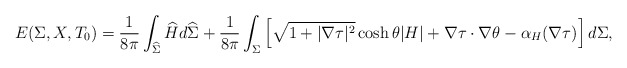
\begin{align*}E(\Sigma, X, T_0) = \frac{1}{8\pi}\int_{\widehat{\Sigma}} \widehat{H} d{\widehat{\Sigma}}+ \frac{1}{8\pi}\int_\Sigma \left[\sqrt{1+|\nabla\tau|^2}\cosh\theta|{H}| + \nabla \tau \cdot \nabla \theta -\alpha_H ( \nabla \tau) \right]d\Sigma,\end{align*}